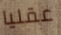
عقليا